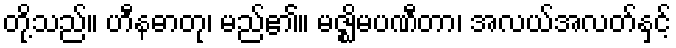
တို့သည်။ ဟီနဓာတု၊ မည်၏။ မဇ္ဈိမပဏီတာ၊ အလယ်အလတ်နှင့်